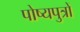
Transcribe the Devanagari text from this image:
पोष्यपुत्रों